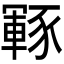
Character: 𮙡